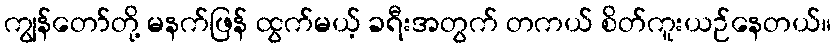
ကျွန်တော်တို့ မနက်ဖြန် ထွက်မယ့် ခရီးအတွက် တကယ် စိတ်ကူးယဉ်နေတယ်။